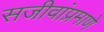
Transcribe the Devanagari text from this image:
सजीवांप्रमाणे